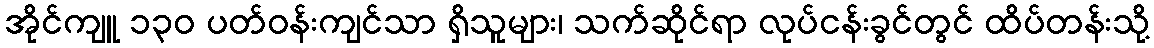
အိုင်ကျူ ၁၃၀ ပတ်ဝန်းကျင်သာ ရှိသူများ၊ သက်ဆိုင်ရာ လုပ်ငန်းခွင်တွင် ထိပ်တန်းသို့